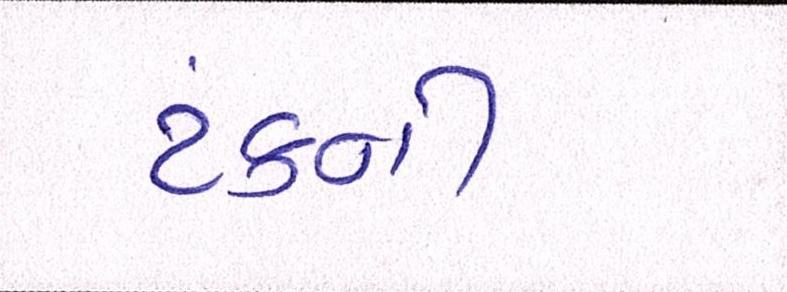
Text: ટંકની